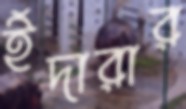
ইঁদারার